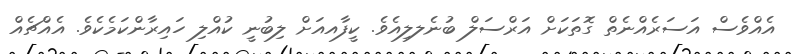
އެއްވެސް އަސަރެއްނެތް ގޮތަކަށް އަރްސަލް ބުނެލލިއެވެ. ކީފާއއަށް ލިބުނީ ކުއްލި ހައިރާންކަމެކެވެ. އެއްޗެއް